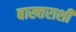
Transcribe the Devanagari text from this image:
बाख्तराशी